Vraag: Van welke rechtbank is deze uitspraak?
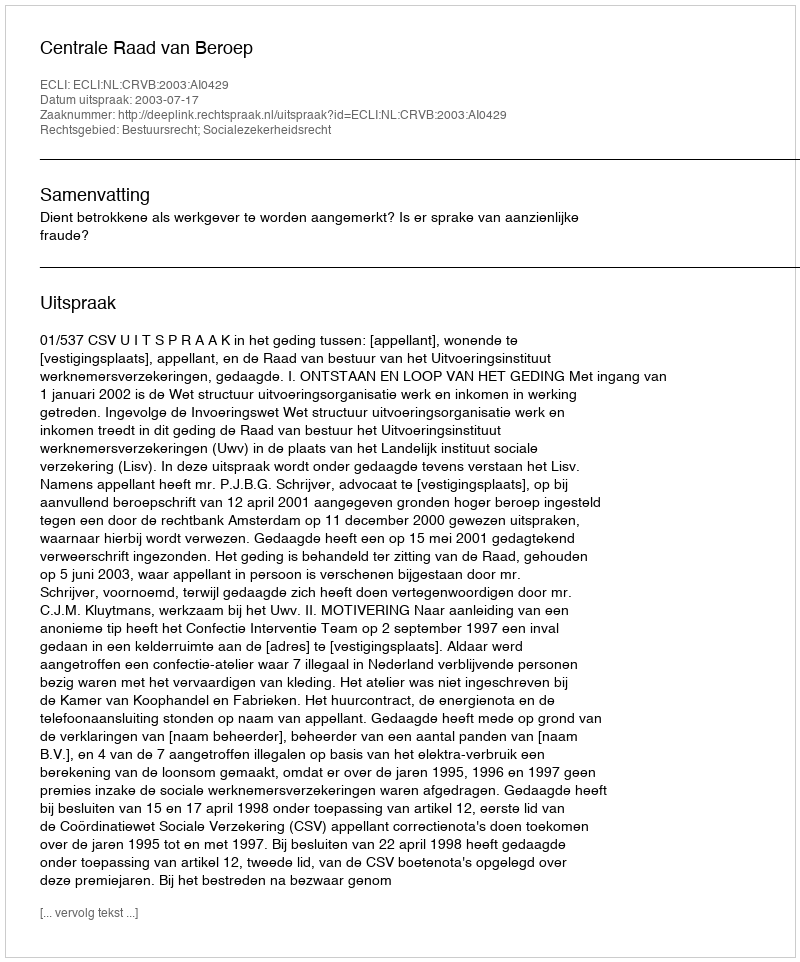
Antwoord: Centrale Raad van Beroep